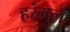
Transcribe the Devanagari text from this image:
हरंगुल